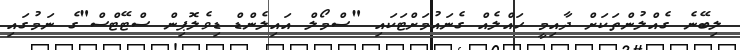
ލިބޭނެ ގެއްލުންތަކަށް ދާއިމީ ހައްލެއް ގެނައުމަށްޓަކައި "ސްމޯލް އައިލެންޑް ޑިވެލޮޕިން ސްޓޭޓްސް"ގެ ނަމުގައި